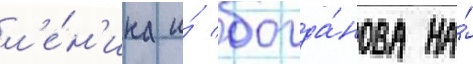
л'е́н'ина и́ богда́нова на́